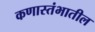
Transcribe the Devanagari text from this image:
कणास्तंभातील